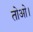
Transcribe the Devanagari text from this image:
तोओ।